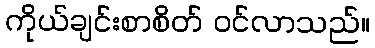
ကိုယ်ချင်းစာစိတ် ဝင်လာသည်။